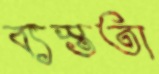
ব্যস্ততা